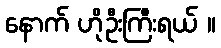
နောက် ဟိုဦးကြီးရယ် ။